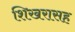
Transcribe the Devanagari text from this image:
शिखरासह